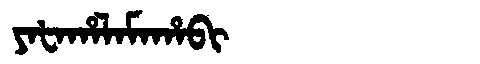
Manchu: ᠶᠠᡶᠠᡥᠠᠯᠠᠮᠠᡥᠠᠪᡳ
Romanization: YAFAHALAMAHABI